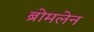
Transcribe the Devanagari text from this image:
ब्रोमलेन